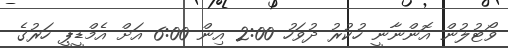
ވޯޓުލުން އޮންނާނީ ހުކުރު ދުވަހު 2:00 އިން 6:00 އަށް އެމްޑީޕީ ހަރުގެ